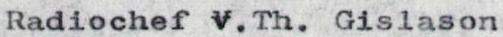
Radiochef V.Th. Gislason